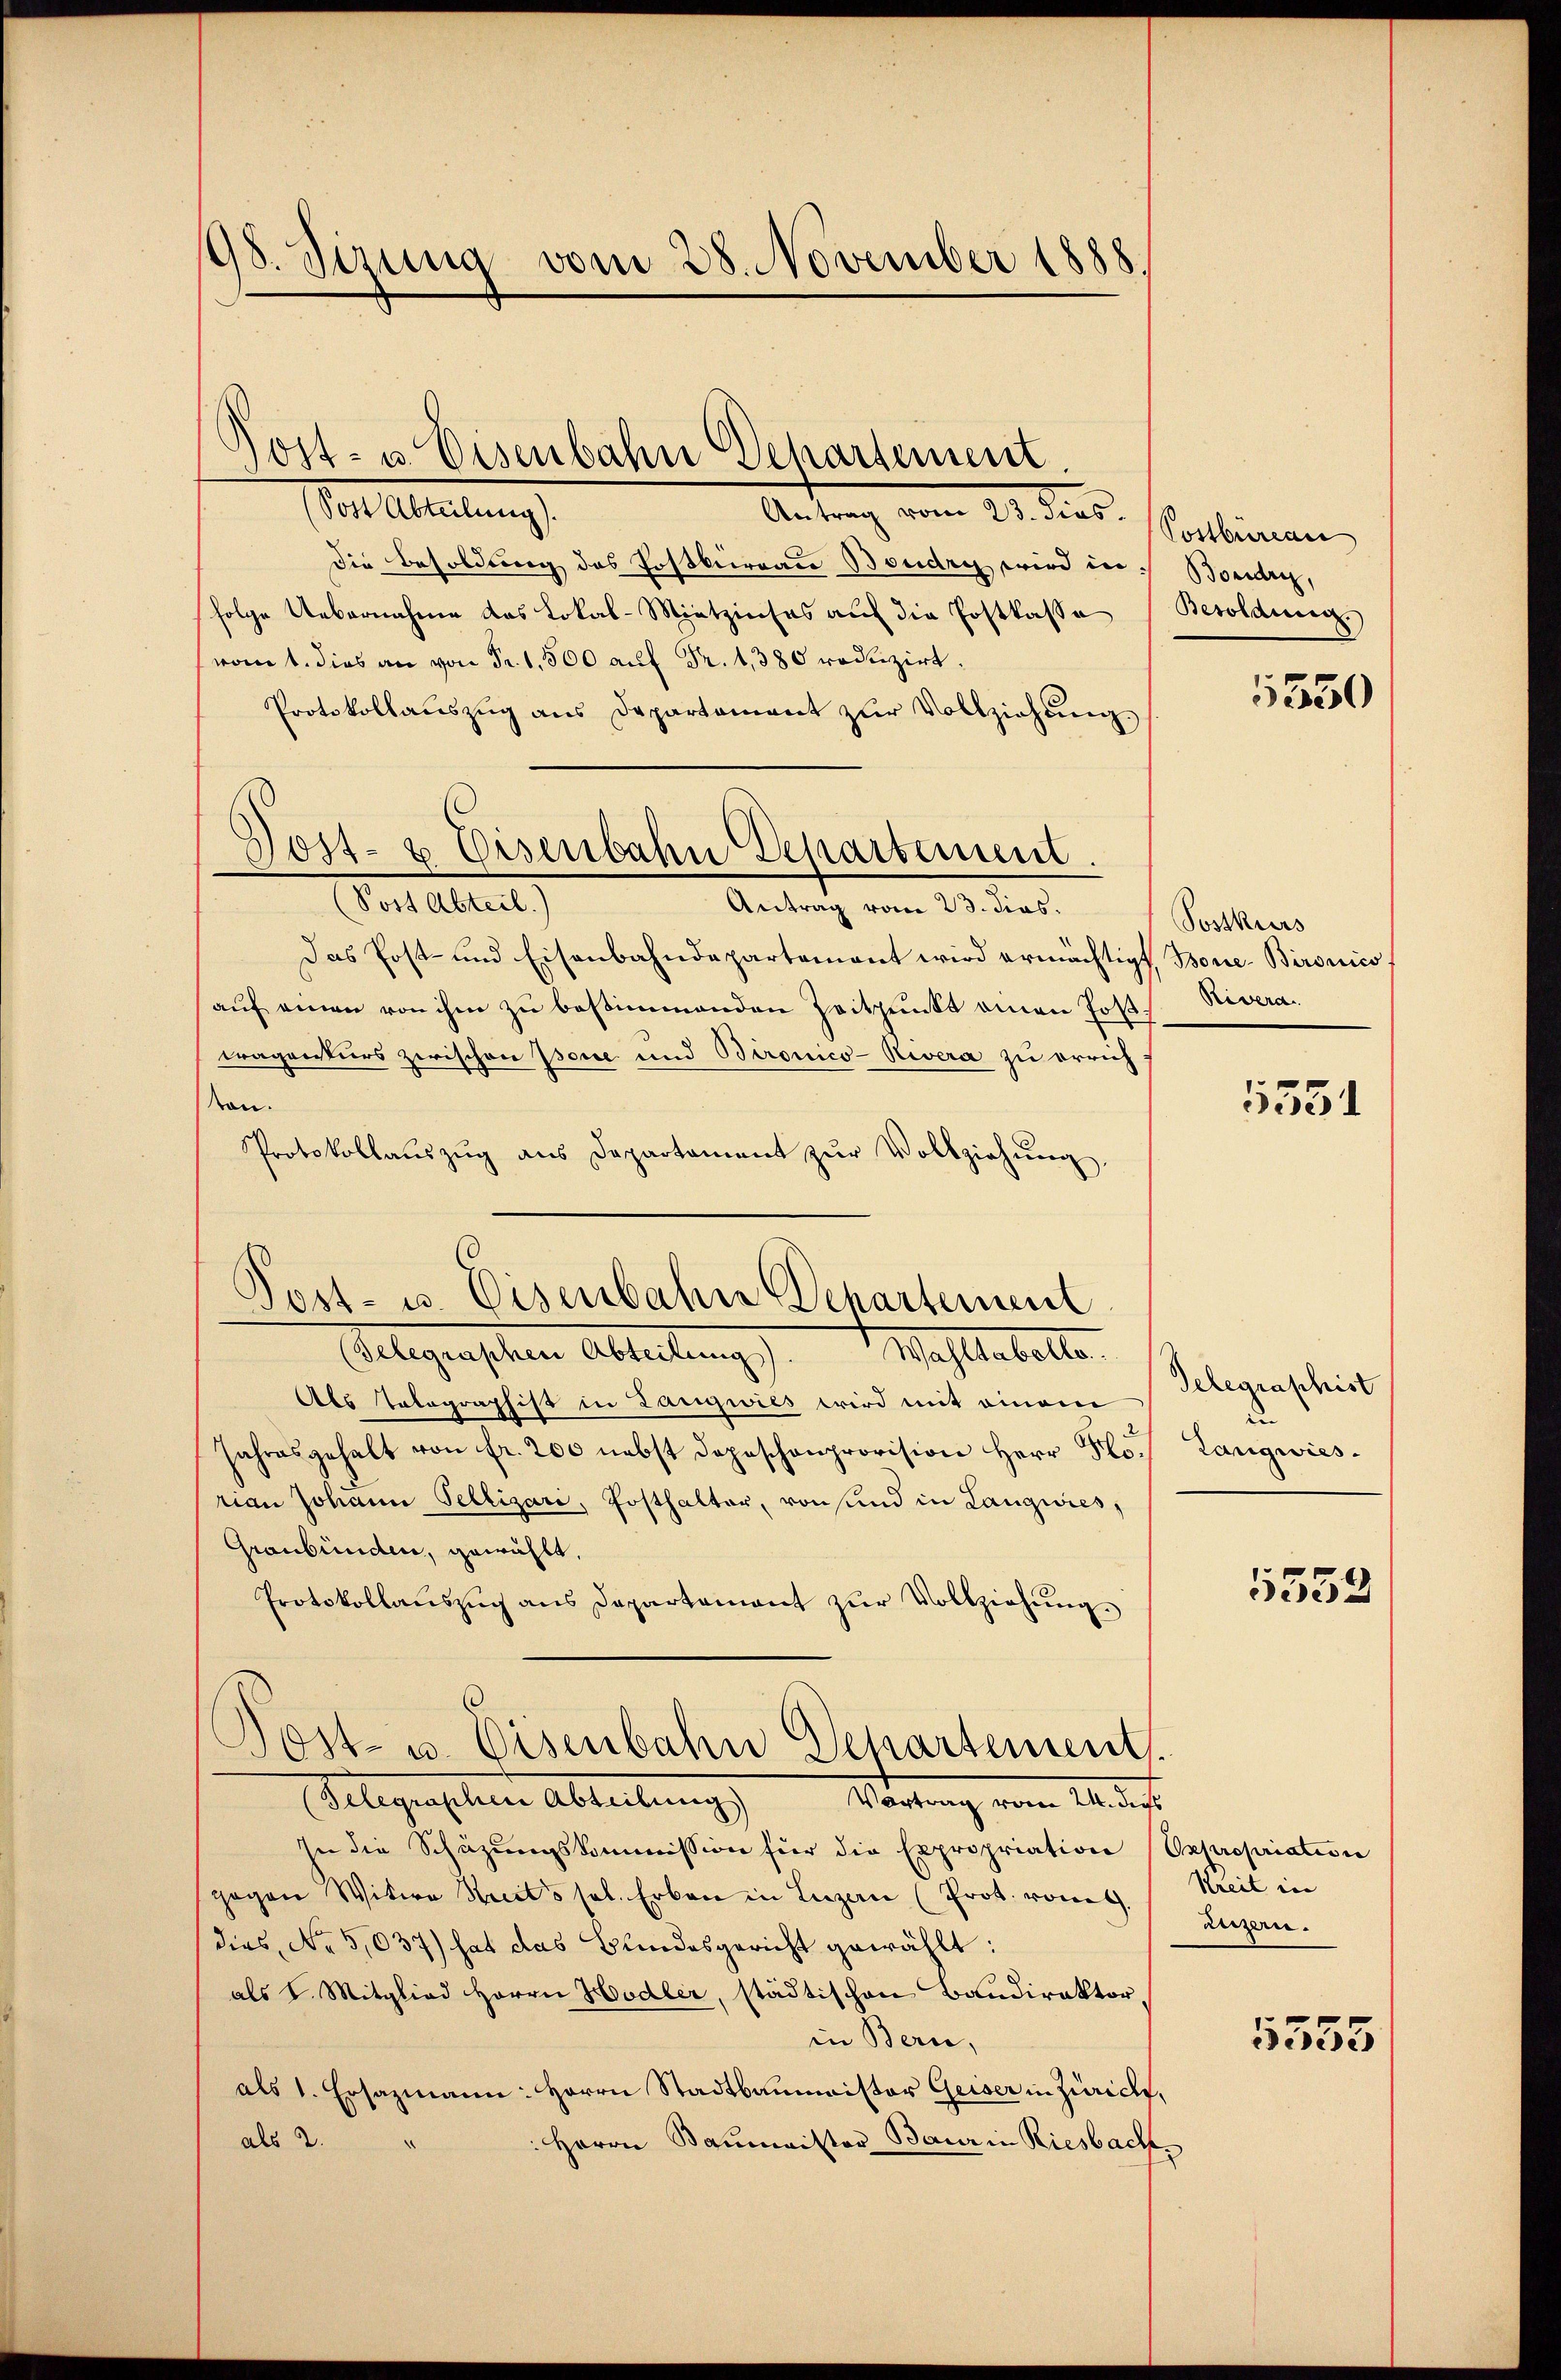
98. Sezung vom 28. November 1888.

Mattleitung
Antrag vom 21. das Continen
Die Besoldung des Postbüreau Boudry wird in
folge Uebernahme das Lokal-Mietzinses auf die Postkasse (Besoldung.
vot. dies an von Fr. 1,500 auf Fr. 1, 380 reduzirt.
Protokollaŭszŭg ans Departament zŭr Vollziehŭng.
(Post Abteil.)
Antrag vom 23. dies
Das Post- und Eisenbahndepartement wird ermächtigt, Bone-Bironico
auf einen von ihm zu bestimmenden Zeitpunkt einen Tostragenturs zwischen Bone und Bironico-Rivera zu errichton.
Protokollaŭszŭg aŭs Departament zŭr Vollziehŭng,
Gelegenschen Abteilung). Waltabelle
Als Tolographist in Langwies wird mit einem
Jahresgehalt von fr. 200 nebst Depeschenprovision Herr Fr.
rian Johann Tellizari, Posthalter, von sind in Langwies,
Graubünden, gewählt,
Protokollaŭszŭg ans Departement zŭr Vollziehŭng.
Post- u. Eisenbahn Departement
Gelegenschen Abteilung
Wartung vom 21 des
In die Schüzungskommission für die Expropriation Expropriation
gegen Witwe Streits sel. Erben in Luzern (Prot. vom
dies No 5,037) hat das Bundesgericht gewählt:
als I. Mitglied Herrn Hodler, städtischen Baudirektor,
in Bern,
als 1. Ersazmann: Herrn Stadtbaumeister Geiser in Zürich,
als 2.
Herrn Baumeister Baur in Riesbach

Post- u. Eisenbahn Gehartement.

Post- & Eisenbahn Departement.

Post- u. Eisenbahne Departement

Boudry,

5550

Postkurs
Rivera

5551

Telegraphist
.
Langwies.

5552

Kreit in
rugen.

5555